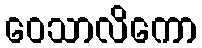
ဝေသာလိကော